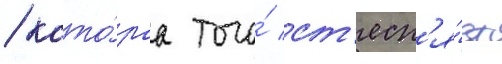
/ кото́раа того́ ст'есн'я́ет